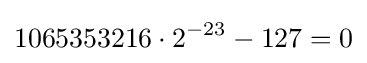
1065353216\cdot 2^{-23}-127=0